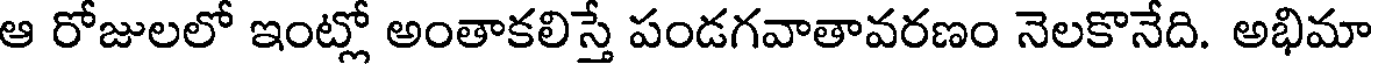
ఆ రోజులలో ఇంట్లో అంతాకలిస్తే పండగవాతావరణం నెలకొనేది. అభిమా